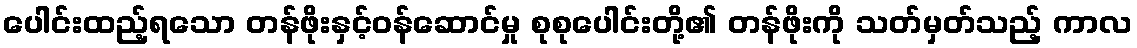
ပေါင်းထည့်ရသော တန်ဖိုးနှင့်ဝန်ဆောင်မှု စုစုပေါင်းတို့၏ တန်ဖိုးကို သတ်မှတ်သည့် ကာလ